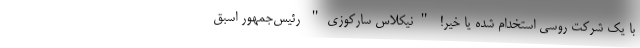
با یک شرکت روسی استخدام شده یا خیر! "نیکلاس سارکوزی" رئیس‌جمهور اسبق